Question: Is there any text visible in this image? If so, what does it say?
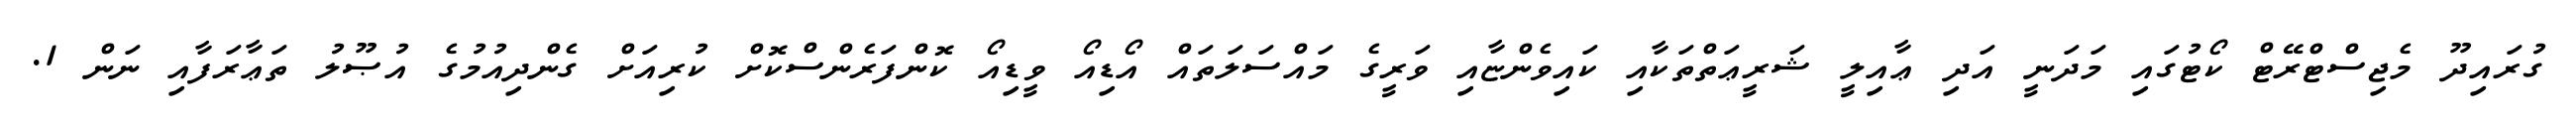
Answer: ގުރައިދޫ މެޖިސްޓްރޭޓް ކޯޓުގައި މަދަނީ އަދި ޢާއިލީ ޝަރީޢަތްތަކާއި ކައިވެންޏާއި ވަރީގެ މައްސަލަތައް އޯޑިއޯ ވީޑިއޯ ކޮންފަރެންސްކޮށް ކުރިއަށް ގެންދިއުމުގެ އުޞޫލު ތަޢާރަފާއި ނަން 1.